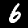
Digit: 6